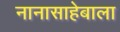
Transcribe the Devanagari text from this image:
नानासाहेबाला